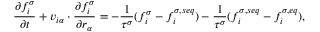
\frac { \partial f _ { i } ^ { \sigma } } { \partial t } + v _ { i \alpha } \cdot \frac { \partial f _ { i } ^ { \sigma } } { \partial r _ { \alpha } } = - \frac { 1 } { \tau ^ { \sigma } } ( f _ { i } ^ { \sigma } - f _ { i } ^ { \sigma , s e q } ) - \frac { 1 } { \tau ^ { \sigma } } ( f _ { i } ^ { \sigma , s e q } - f _ { i } ^ { \sigma , e q } ) ,